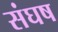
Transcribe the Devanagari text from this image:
संघष